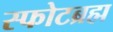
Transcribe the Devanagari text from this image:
स्फोटब्रह्म